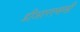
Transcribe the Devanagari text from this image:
डीआरएससी